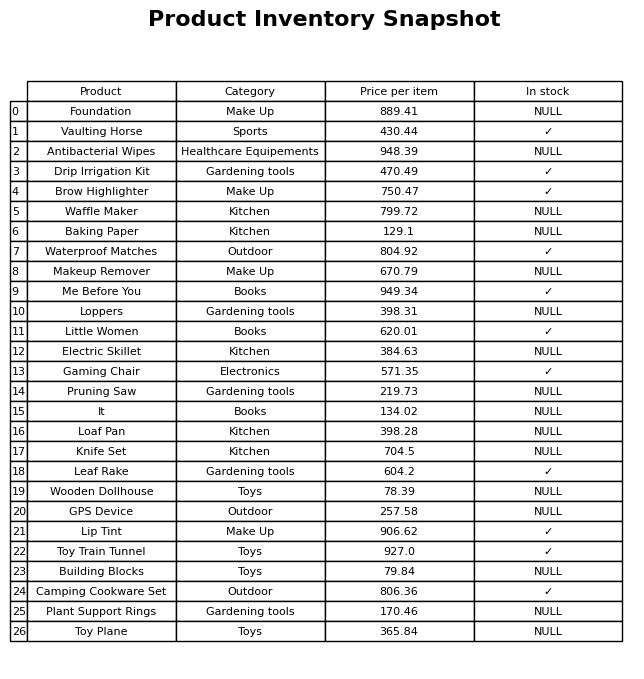
question: What is the price of the Knife Set?
answer: The price of Knife Set is 704.5.